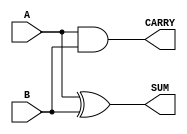
module HalfAdder #(
    parameter WIDTH = 1  // Parameter to define the number of input bits
)(
    input  [WIDTH-1:0] A,  // Input A
    input  [WIDTH-1:0] B,  // Input B
    output [WIDTH-1:0] SUM, // Output SUM
    output [WIDTH-1:0] CARRY // Output CARRY
);

    // Logic for SUM and CARRY
    assign SUM = A ^ B;     // SUM is the XOR of A and B
    assign CARRY = A & B;   // CARRY is the AND of A and B

endmodule